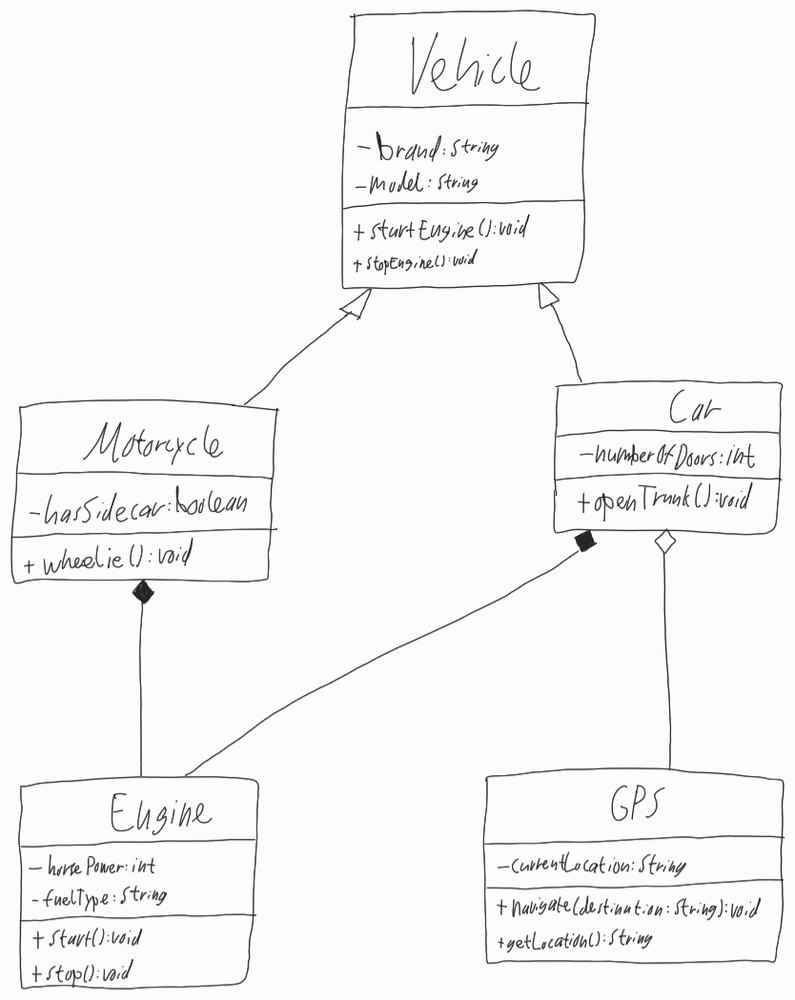
Diagram type: class_diagram
```plantuml
@startuml

class Vehicle {
  - brand: String
  - model: String
  + startEngine(): void
  + stopEngine(): void
}

class Motorcycle extends Vehicle {
  - hasSidecar: boolean
  + wheelie(): void
}

class Car extends Vehicle {
  - numberOfDoors: int
  + openTrunk(): void
}

class Engine {
  - horsePower: int
  - fuelType: String
  + start(): void
  + stop(): void
}

class GPS {
  - currentLocation: String
  + navigate(destination: String): void
  + getLocation(): String
}

Motorcycle *-- Engine

Car *-- Engine

Car o-- GPS

@enduml
```